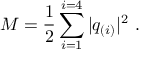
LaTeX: M = \frac { 1 } { 2 } \sum _ { i = 1 } ^ { i = 4 } | q _ { ( i ) } | ^ { 2 } \ .